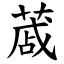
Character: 蒧